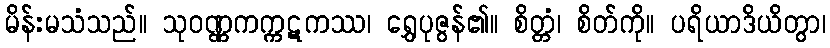
မိန်းမသံသည်။ သုဝဏ္ဏကက္ကဋကဿ၊ ရွှေပုဇွန်၏။ စိတ္တံ၊ စိတ်ကို။ ပရိယာဒိယိတွာ၊